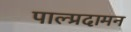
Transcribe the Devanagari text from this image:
पाल्प्रदामन